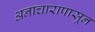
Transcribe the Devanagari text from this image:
अनाचारापासून